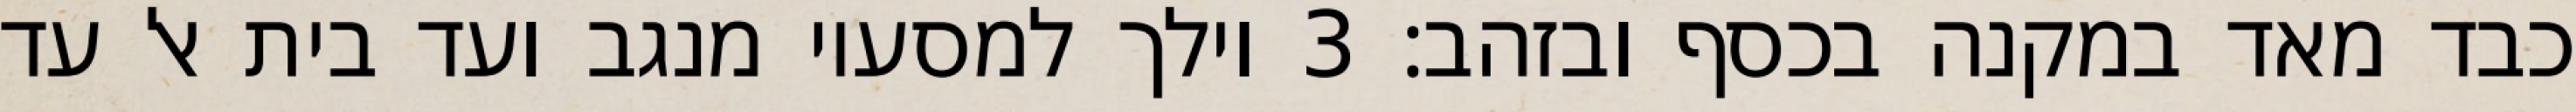
כבד מאד במקנה בכסף ובזהב׃ ‎3‏ וילך למסעיו מנגב ועד בית אל עד